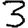
Digit: 3